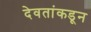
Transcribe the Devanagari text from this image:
देवतांकडून